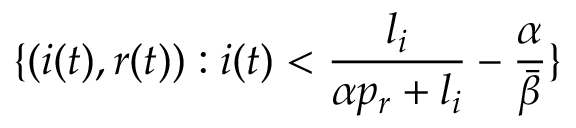
\{ ( i ( t ) , r ( t ) ) : i ( t ) < \frac { l _ { i } } { \alpha p _ { r } + l _ { i } } - \frac { \alpha } { \bar { \beta } } \}